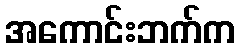
အကောင်းဘက်က